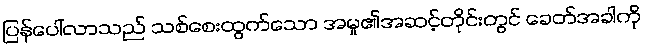
ပြန်ပေါ်လာသည် သစ်စေးထွက်သော အမှု၏အဆင့်တိုင်းတွင် ခေတ်အခါကို